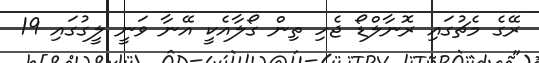
ރޭގެ މެޗުގައި ރޮނާލްޑޯ ޖެހި ތިން ގޯލާއެކީ އޭނާ ވަނީ ލީގުގައި 19